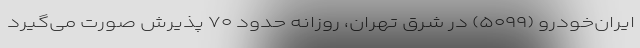
ایران‌خودرو (۵۰۹۹) در شرق تهران، روزانه حدود ۷۰ پذیرش صورت می‌گیرد